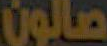
صالون